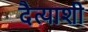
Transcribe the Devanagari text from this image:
दैत्याशी